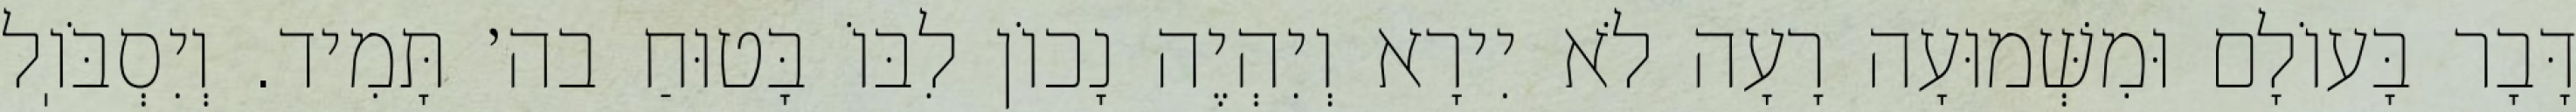
דָּבָר בָּעוֹלָם וּמִשְּׁמוּעָה רָעָה לֹא יִירָא וְיִהְיֶה נָכוֹן לִבּוֹ בָּטוּחַ בה׳ תָּמִיד. וְיִסְבֹּוֽל